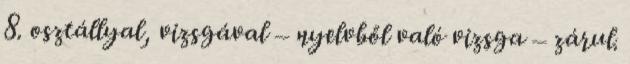
8. osztállyal, vizsgával – nyelvből való vizsga – zárul.